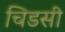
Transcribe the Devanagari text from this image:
चिडसी